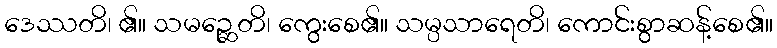
ဒေဿတိ၊ ၏။ သမဉ္ဆေတိ၊ ကွေးစေ၏။ သမ္ပသာရေတိ၊ ကောင်းစွာဆန့်စေ၏။